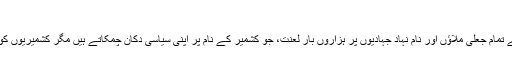
​
جماعت اسلامی، حزب المجاہدین، جماعت الدعویٰ کے علاوہ دنیا کے تمام جعلی ملاؤں اور نام نہاد جہادیوں پر ہزاروں بار لعنت، جو کشمیر کے نام پر اپنی سیاسی دکان چمکاتے ہیں مگر کشمیریوں کو غلیظ ترین ہندو فوج کے ظلم سے نجات دلانے کی ہمت نہیں پاتے۔